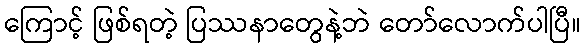
ကြောင့် ဖြစ်ရတဲ့ ပြဿနာတွေနဲ့ဘဲ တော်လောက်ပါပြီ။